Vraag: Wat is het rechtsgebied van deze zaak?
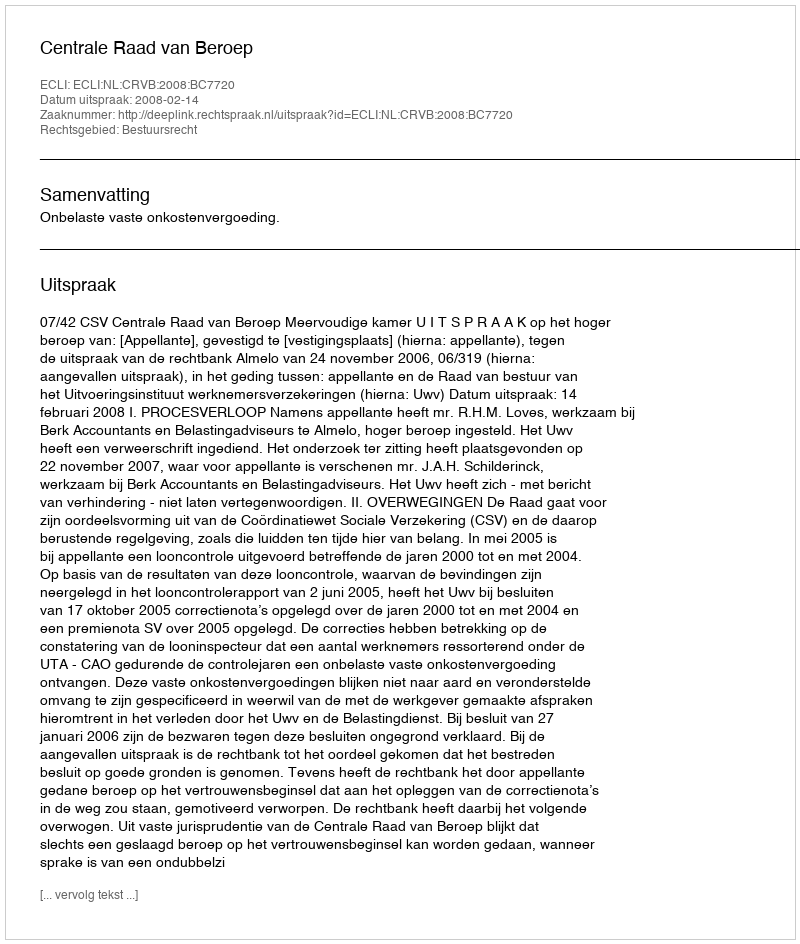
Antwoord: Bestuursrecht